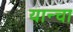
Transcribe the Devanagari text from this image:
यान्चा